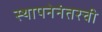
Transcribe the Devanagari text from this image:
स्थापनेनंतरची